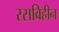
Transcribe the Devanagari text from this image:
रसविहीन